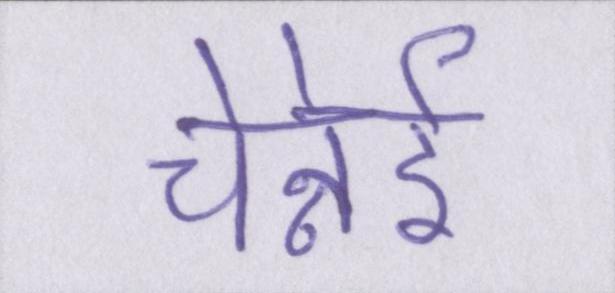
चेन्नेई